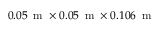
0 . 0 5 \, \mathrm { ~ m ~ } \times 0 . 0 5 \, \mathrm { ~ m ~ } \times 0 . 1 0 6 \, \mathrm { ~ m ~ }